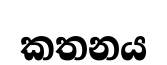
කතනය